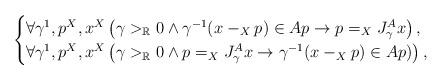
LaTeX: \begin{align*}\begin{cases}\forall \gamma^1,p^X,x^X\left(\gamma>_\mathbb{R}0\land \gamma^{-1}(x-_Xp)\in Ap\rightarrow p=_X J^A_{\gamma} x\right),\\\forall \gamma^1,p^X,x^X\left(\gamma>_\mathbb{R}0\land p=_X J^A_{\gamma}x\rightarrow\gamma^{-1}(x-_Xp)\in Ap)\right),\end{cases}\end{align*}